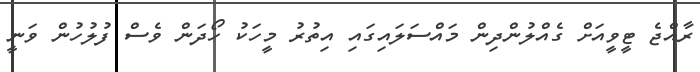
ރާއްޖެ ޓީވީއަށް ގެއްލުންދިން މައްސަލައިގައި އިތުރު މީހަކު ހޯދަން ވެސް ފުލުހުން ވަނީ